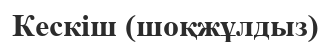
Кескіш (шоқжұлдыз)